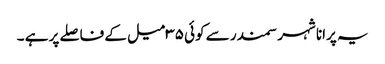
یہ پرانا شہر سمندر سے کوئی ۳۵ میل کے فاصلے پر ہے ۔